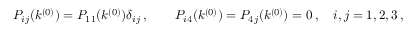
P _ { i j } ( k ^ { ( 0 ) } ) = P _ { 1 1 } ( k ^ { ( 0 ) } ) \delta _ { i j } \, , \qquad P _ { i 4 } ( k ^ { ( 0 ) } ) = P _ { 4 j } ( k ^ { ( 0 ) } ) = 0 \, , \quad i , j = 1 , 2 , 3 \, ,